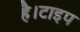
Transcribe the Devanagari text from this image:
है।टाइप